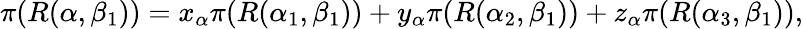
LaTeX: \pi(R(\alpha,\beta_{1}))=x_{\alpha}\pi(R(\alpha_{1},\beta_{1}))+y_{\alpha}\pi(R(\alpha_{2},\beta_{1}))+z_{\alpha}\pi(R(\alpha_{3},\beta_{1})),